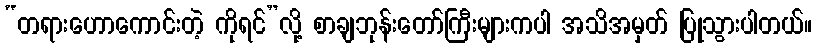
“တရားဟောကောင်းတဲ့ ကိုရင်”လို့ စာချဘုန်းတော်ကြီးများကပါ အသိအမှတ် ပြုသွားပါတယ်။